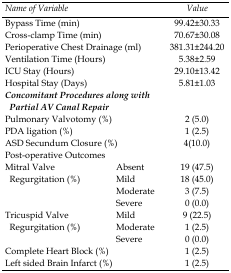
<table><thead><tr><td colspan="2"><b><i>Name of Variable</i></b></td><td><b><i>Value</i></b></td></tr></thead><tbody><tr><td colspan="2">Bypass Time (min)</td><td>99.42±30.33</td></tr><tr><td colspan="2">Cross-clamp Time (min)</td><td>70.67±30.08</td></tr><tr><td colspan="2">Perioperative Chest Drainage (ml)</td><td>381.31±244.20</td></tr><tr><td colspan="2">Ventilation Time (Hours)</td><td>5.38±2.59</td></tr><tr><td colspan="2">ICU Stay (Hours)</td><td>29.10±13.42</td></tr><tr><td colspan="2">Hospital Stay (Days)</td><td>5.81±1.03</td></tr><tr><td colspan="2"><i><b>Concomitant Procedures along with Partial AV Canal Repair</b></i></td></tr><tr><td colspan="2">Pulmonary Valvotomy (%)</td><td>2 (5.0)</td></tr><tr><td colspan="2">PDA ligation (%)</td><td>1 (2.5)</td></tr><tr><td colspan="2">ASD Secundum Closure (%)</td><td>4(10.0)</td></tr><tr><td colspan="3">Post-operative Outcomes</td></tr><tr><td rowspan="4">Mitral Valve Regurgitation (%)</td><td>Absent</td><td>19 (47.5)</td></tr><tr><td>Mild</td><td>18 (45.0)</td></tr><tr><td>Moderate</td><td>3 (7.5)</td></tr><tr><td>Severe</td><td>0 (0.0)</td></tr><tr><td rowspan="3">Tricuspid Valve Regurgitation (%)</td><td>Mild</td><td>9 (22.5)</td></tr><tr><td>Moderate</td><td>1 (2.5)</td></tr><tr><td>Severe</td><td>0 (0.0)</td></tr><tr><td colspan="2">Complete Heart Block (%)</td><td>1 (2.5)</td></tr><tr><td colspan="2">Left sided Brain Infarct (%)</td><td>1 (2.5)</td></tr></tbody></table>